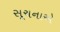
સૂચનાએ